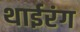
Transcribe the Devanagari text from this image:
थाईरंग